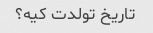
تاریخ تولدت کیه؟